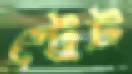
স্ট্রেট